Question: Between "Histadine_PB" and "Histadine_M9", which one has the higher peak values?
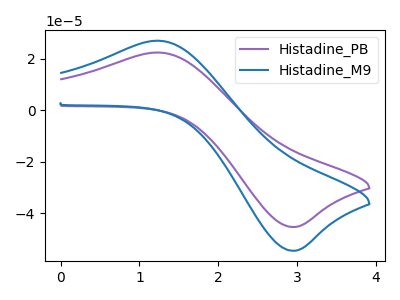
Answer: <think>The purple curve "Histadine_PB" has an anodic peak at (1.25V, 22.50uA) and a cathodic peak at (2.90V, -45.20uA). The blue curve "Histadine_M9" has an anodic peak at (1.25V, 27.05uA) and a cathodic peak at (2.90V, -54.45uA).</think>
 <answer>Every peak in "Histadine_PB" is lower than every peak in "Histadine_M9".</answer>
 <eval>lower</eval>